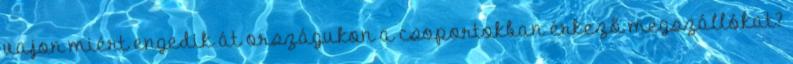
vajon miért engedik át országukon a csoportokban érkező megszállókat?